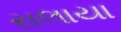
સલાયા